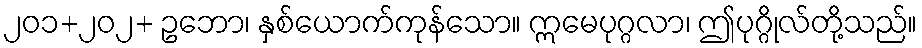
၂၀၁+၂၀၂+ ဥဘော၊ နှစ်ယောက်ကုန်သော။ ဣမေပုဂ္ဂလာ၊ ဤပုဂ္ဂိုလ်တို့သည်။